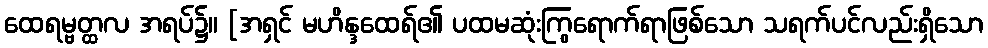
ထေရမ္ဗတ္ထလ အရပ်၌။ [အရှင် မဟိန္ဒထေရ်၏ ပထမဆုံးကြွရောက်ရာဖြစ်သော သရက်ပင်လည်းရှိသော